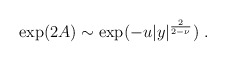
\begin{align*} \exp(2A)\sim \exp(-u |y|^{2\over{2-\nu}})~.\end{align*}